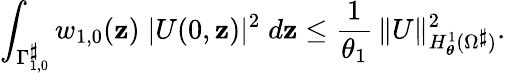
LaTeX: \displaystyle\int_{\Gamma_{1,0}^{\smash{\scriptstyle\sharp}}}w_{1,0}({\textit{\textbf{z}}})\; |U(0,{\textit{\textbf{z}}})|^{2}\; d{\textit{\textbf{z}}}\leq\frac{1}{\theta_{1}}\, \| U\| _{H_{\boldsymbol{\theta}}^{1}(\Omega^{\smash{\scriptstyle\sharp}})}^{2}.